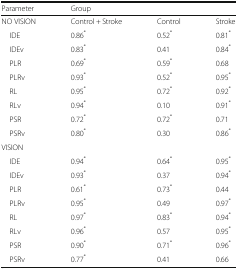
| Parameter | <COLSPAN=3> Group |
 | --- | --- | --- | --- |
 | NO VISION | Control + Stroke | Control | Stroke |
 | IDE | 0.86* | 0.52* | 0.81* |
 | IDEv | 0.83* | 0.41 | 0.84* |
 | PLR | 0.69* | 0.59* | 0.68 |
 | PLRv | 0.93* | 0.52* | 0.95* |
 | RL | 0.95* | 0.72* | 0.92* |
 | RLv | 0.94* | 0.10 | 0.91* |
 | PSR | 0.72* | 0.72* | 0.71 |
 | PSRv | 0.80* | 0.30 | 0.86* |
 | <COLSPAN=4> VISION |
 | IDE | 0.94* | 0.64* | 0.95* |
 | IDEv | 0.93* | 0.37 | 0.94* |
 | PLR | 0.61* | 0.73* | 0.44 |
 | PLRv | 0.95* | 0.49 | 0.97* |
 | RL | 0.97* | 0.83* | 0.94* |
 | RLv | 0.96* | 0.57 | 0.95* |
 | PSR | 0.90* | 0.71* | 0.96* |
 | PSRv | 0.77* | 0.41 | 0.66 |